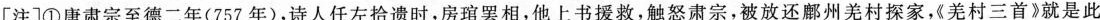
[注]①唐肃宗至德二年(757年)，诗人任左拾遗时，房琯罢相，他上书援救，触怒肃宗，被放还鄜州羌村探家，《羌村三首》就是此